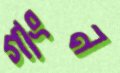
গাংন